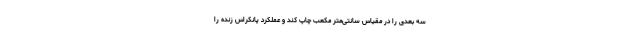
سه بعدی را در مقیاس سانتی‌متر مکعب چاپ کند و عملکرد پانکراس زنده را